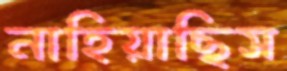
নাহিয়াছিস